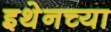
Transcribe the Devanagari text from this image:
इथेनच्या